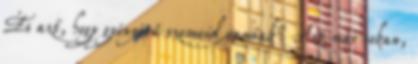
És azt, hogy gyönyörű szemeid vannak? Azt már sokan,